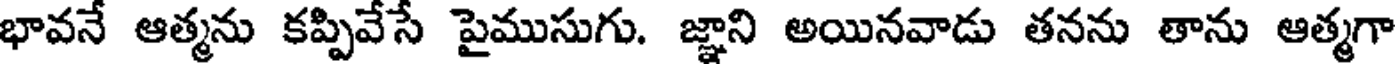
భావనే ఆత్మను కప్పివేసే పైముసుగు. జ్ఞాని అయినవాడు తనను తాను ఆత్మగా